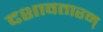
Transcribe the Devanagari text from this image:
दशावतारम्‌